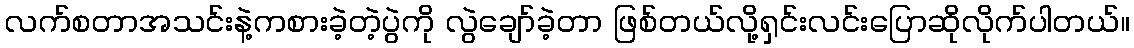
လက်စတာအသင်းနဲ့ကစားခဲ့တဲ့ပွဲကို လွဲချော်ခဲ့တာ ဖြစ်တယ်လို့ရှင်းလင်းပြောဆိုလိုက်ပါတယ်။